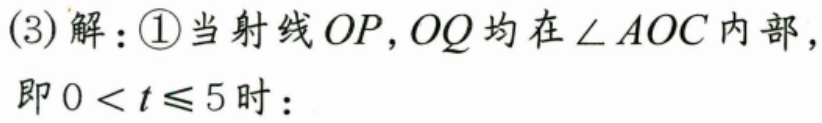
(3) 解：\textcircled{1}当射线\(OP\)，\(OQ\)均在\(\angle AOC\)内部，即\(0 < t\leqslant5\)时：